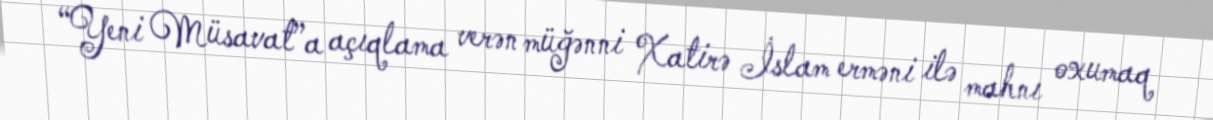
“Yeni Müsavat”a açıqlama verən müğənni Xatirə İslam erməni ilə mahnı oxumaq